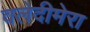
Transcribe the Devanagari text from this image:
वलेदीमेरा